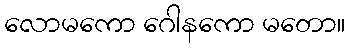
လောမကော ဂေါနကော မတော။